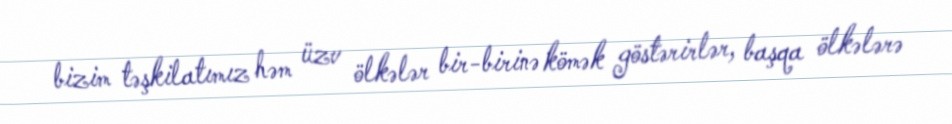
bizim təşkilatımız həm üzv ölkələr bir-birinə kömək göstərirlər, başqa ölkələrə